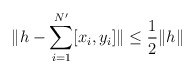
\begin{align*}\|h-\sum_{i=1}^{N'} [x_i,y_i]\|\leq \frac 1 2\|h\|\end{align*}